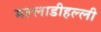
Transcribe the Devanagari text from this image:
मल्लाडीहल्ली